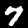
Label: 7